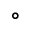
^ \circ